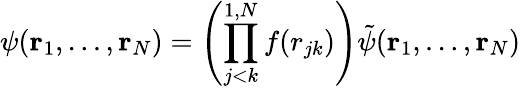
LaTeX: \psi({\mathbf r}_{1},\ldots,{\mathbf r}_{N})=\left(\prod_{j<k}^{1,N}f(r_{jk})\right)\tilde{\psi}({\mathbf r}_{1},\ldots,{\mathbf r}_{N})